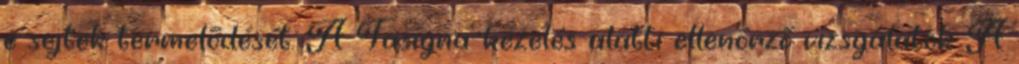
e sejtek termelődését. A Tasigna-kezelés alatti ellenőrző vizsgálatok A